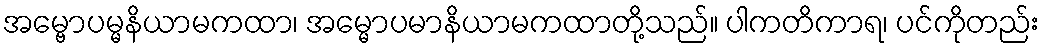
အမ္ဗောပမ္မနိယာမကထာ၊ အမ္မောပမာနိယာမကထာတို့သည်။ ပါကတိကာရ၊ ပင်ကိုတည်း